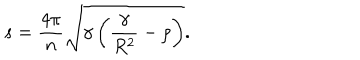
LaTeX: s = \frac { 4 \pi } { n } \sqrt { \gamma \left( \frac { \gamma } { R ^ { 2 } } - \rho \right) } .